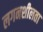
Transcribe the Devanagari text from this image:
लगनशीलता